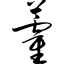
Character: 藿